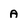
Character: A